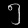
Digit: ၅